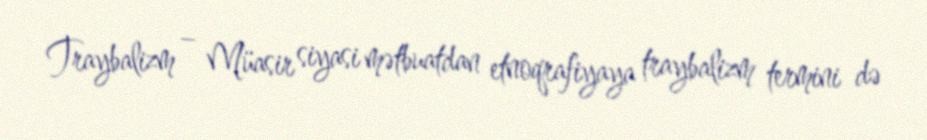
Traybalizm – Müasir siyasi mətbuatdan etnoqrafiyaya traybalizm termini də